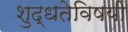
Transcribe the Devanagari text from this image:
शुद्धतेविषयी